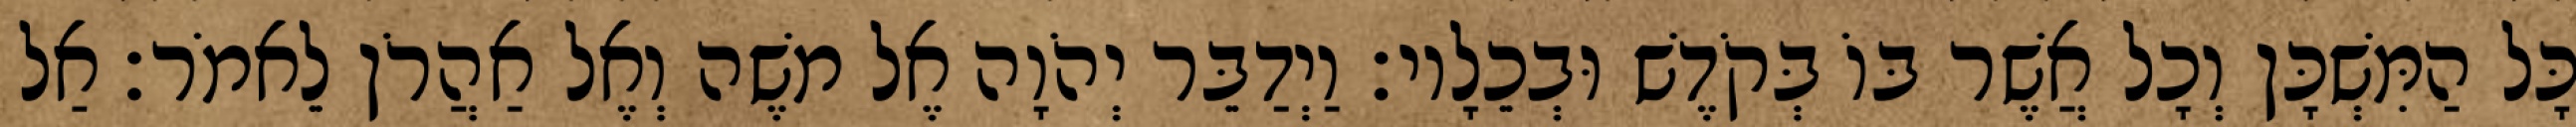
כָּל הַמִּשְׁכָּן וְכָל אֲשֶׁר בּוֹ בְּקֹדֶשׁ וּבְכֵלָיו׃ וַיְדַבֵּר יְהֹוָה אֶל משֶׁה וְאֶל אַהֲרֹן לֵאמֹר׃ אַל